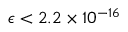
\epsilon < 2 . 2 \times 1 0 ^ { - 1 6 }